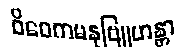
ဝိဝေကမနုဗြူဟန္တာ